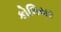
કોલિયર